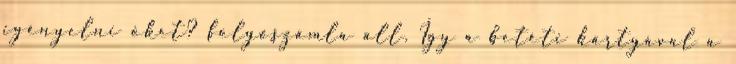
igényelni őket? folyószámla áll. Így a betéti kártyával a